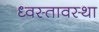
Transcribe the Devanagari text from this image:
ध्वस्तावस्था